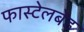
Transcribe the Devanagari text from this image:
फास्टेलबेंड